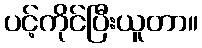
ပင့်ကိုင်ပြီးယူတာ။